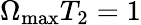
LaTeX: \Omega_{\textrm{max}}T_{2}=1